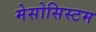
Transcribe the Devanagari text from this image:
मेसोसिस्टम